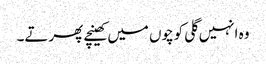
وہ انہیں گلی کوچوں میں کھینچے پھرتے۔